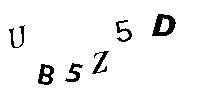
EB5Z5D